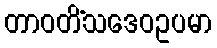
တာဝတိံသဒေဝဥပမာ